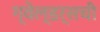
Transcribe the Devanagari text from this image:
ग्वेल्डर्सची